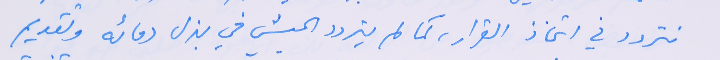
نتردد في اتخاذ القرار،  كما لم يتردد الجيش في بذل دمائه وتقديم